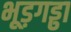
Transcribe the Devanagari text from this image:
भूड़गड्ढा